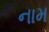
નામ